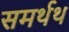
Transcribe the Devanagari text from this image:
समर्थथ